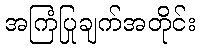
အကြံပြုချက်အတိုင်း